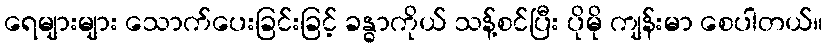
ရေများများ သောက်ပေးခြင်းခြင့် ခန္ဓာကိုယ် သန့်စင်ပြီး ပိုမို ကျန်းမာ စေပါတယ်။